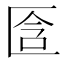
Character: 𠤿